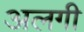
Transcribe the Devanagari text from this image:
अलगी